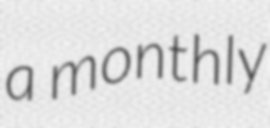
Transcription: a monthly